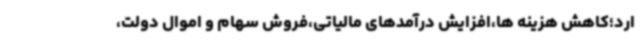
ارد؛کاهش هزینه ها،افزایش درآمدهای مالیاتی،فروش سهام و اموال دولت،